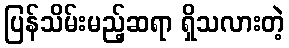
ပြန်သိမ်းမည့်ဆရာ ရှိသလားတဲ့